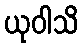
ယုဝါသိ